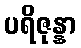
ပရိဇုန္နာ